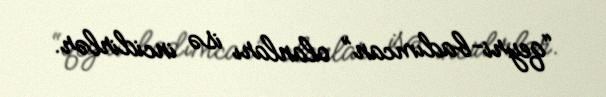
“qeyri-badımcan” olanları isə incidirlər.